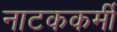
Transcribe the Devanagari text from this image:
नाटककर्मी